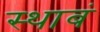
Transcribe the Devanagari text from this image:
स्थाबं